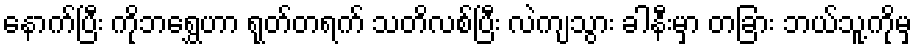
နောက်ပြီး ကိုဘရွှေဟာ ရုတ်တရက် သတိလစ်ပြီး လဲကျသွား ခါနီးမှာ တခြား ဘယ်သူ့ကိုမှ